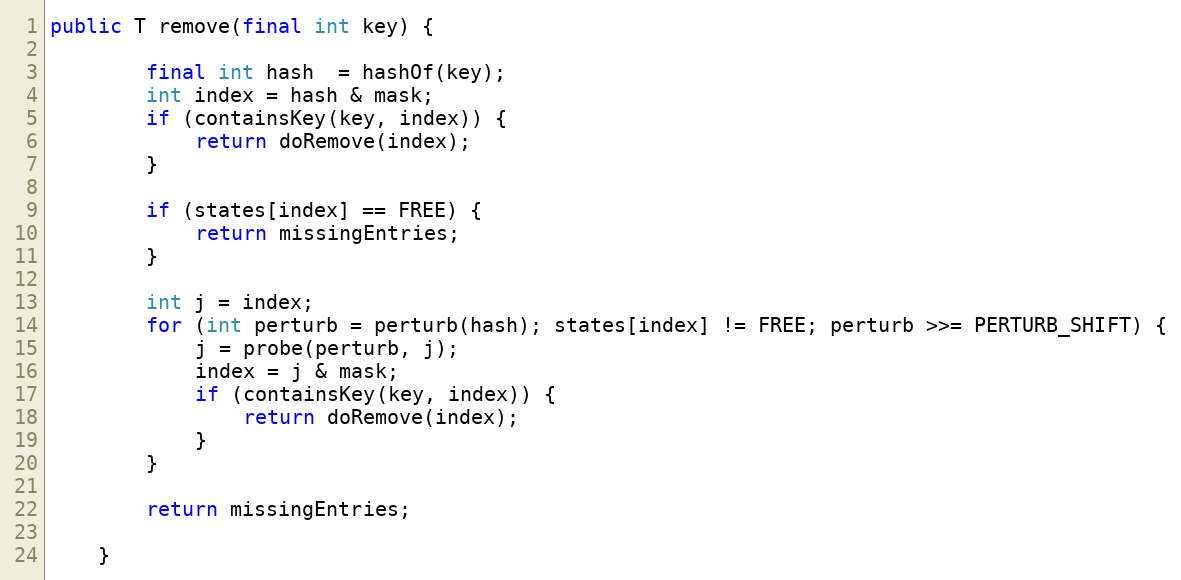
Language: Java
public T remove(final int key) {

        final int hash  = hashOf(key);
        int index = hash & mask;
        if (containsKey(key, index)) {
            return doRemove(index);
        }

        if (states[index] == FREE) {
            return missingEntries;
        }

        int j = index;
        for (int perturb = perturb(hash); states[index] != FREE; perturb >>= PERTURB_SHIFT) {
            j = probe(perturb, j);
            index = j & mask;
            if (containsKey(key, index)) {
                return doRemove(index);
            }
        }

        return missingEntries;

    }